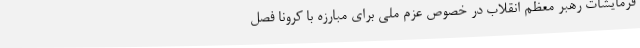
فرمایشات رهبر معظم انقلاب در خصوص عزم ملی برای مبارزه با کرونا فصل